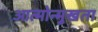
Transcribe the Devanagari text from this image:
आत्मोन्मुखता